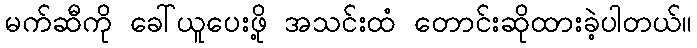
မက်ဆီကို ခေါ်ယူပေးဖို့ အသင်းထံ တောင်းဆိုထားခဲ့ပါတယ်။